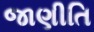
જાણીતિ